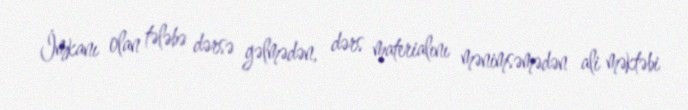
İmkanı olan tələbə dərsə gəlmədən, dərs materialını mənimsəmədən ali məktəbi